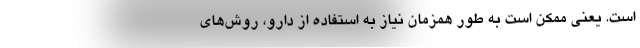
است. یعنی ممکن است به طور همزمان نیاز به استفاده از دارو، روش‌های